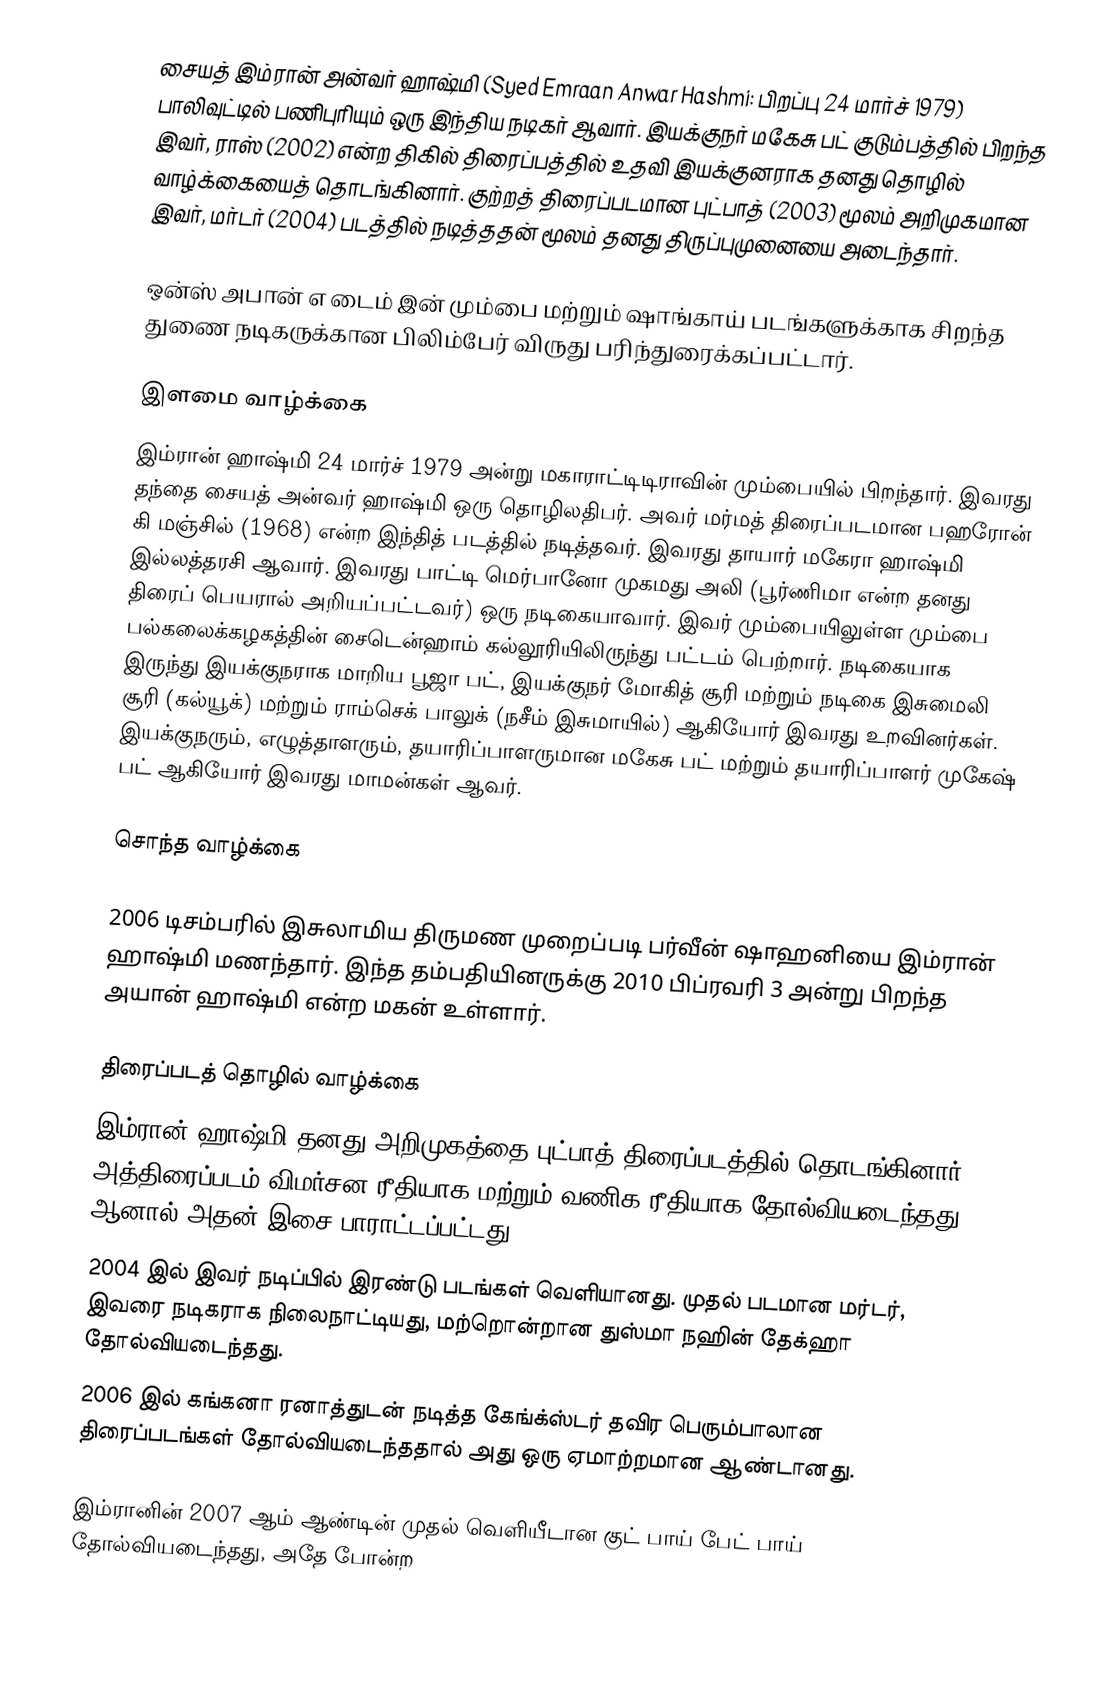
சையத் இம்ரான் அன்வர் ஹாஷ்மி (Syed Emraan Anwar Hashmi: பிறப்பு 24 மார்ச் 1979) பாலிவுட்டில் பணிபுரியும் ஒரு இந்திய நடிகர் ஆவார். இயக்குநர் மகேசு பட் குடும்பத்தில் பிறந்த இவர், ராஸ் (2002) என்ற திகில் திரைப்பத்தில் உதவி இயக்குனராக தனது தொழில் வாழ்க்கையைத் தொடங்கினார். குற்றத் திரைப்படமான புட்பாத் (2003) மூலம் அறிமுகமான இவர், மர்டர் (2004) படத்தில் நடித்ததன் மூலம் தனது திருப்புமுனையை அடைந்தார்.

ஒன்ஸ் அபான் எ டைம் இன் மும்பை மற்றும் ஷாங்காய் படங்களுக்காக சிறந்த துணை நடிகருக்கான பிலிம்பேர் விருது பரிந்துரைக்கப்பட்டார்.

இளமை வாழ்க்கை
இம்ரான் ஹாஷ்மி 24 மார்ச் 1979 அன்று மகாராட்டிடிராவின் மும்பையில் பிறந்தார். இவரது தந்தை சையத் அன்வர் ஹாஷ்மி ஒரு தொழிலதிபர். அவர் மர்மத் திரைப்படமான பஹரோன் கி மஞ்சில் (1968) என்ற இந்தித் படத்தில் நடித்தவர். இவரது தாயார் மகேரா ஹாஷ்மி இல்லத்தரசி ஆவார். இவரது பாட்டி மெர்பானோ முகமது அலி (பூர்ணிமா என்ற தனது திரைப் பெயரால் அறியப்பட்டவர்) ஒரு நடிகையாவார். இவர் மும்பையிலுள்ள மும்பை பல்கலைக்கழகத்தின் சைடென்ஹாம் கல்லூரியிலிருந்து பட்டம் பெற்றார். நடிகையாக இருந்து இயக்குநராக மாறிய பூஜா பட், இயக்குநர் மோகித் சூரி மற்றும் நடிகை இசுமைலி சூரி (கல்யூக்) மற்றும் ராம்செக் பாலுக் (நசீம் இசுமாயில்) ஆகியோர் இவரது உறவினர்கள். இயக்குநரும், எழுத்தாளரும், தயாரிப்பாளருமான மகேசு பட் மற்றும் தயாரிப்பாளர் முகேஷ் பட் ஆகியோர் இவரது மாமன்கள் ஆவர்.

சொந்த வாழ்க்கை

2006 டிசம்பரில் இசுலாமிய திருமண முறைப்படி பர்வீன் ஷாஹனியை இம்ரான் ஹாஷ்மி மணந்தார். இந்த தம்பதியினருக்கு 2010 பிப்ரவரி 3 அன்று பிறந்த அயான் ஹாஷ்மி என்ற மகன் உள்ளார்.

திரைப்படத் தொழில் வாழ்க்கை
இம்ரான் ஹாஷ்மி தனது அறிமுகத்தை புட்பாத் திரைப்படத்தில் தொடங்கினார். அத்திரைப்படம் விமர்சன ரீதியாக மற்றும் வணிக ரீதியாக தோல்வியடைந்தது. ஆனால் அதன் இசை பாராட்டப்பட்டது.
2004 இல் இவர் நடிப்பில் இரண்டு படங்கள் வெளியானது. முதல் படமான மர்டர், இவரை நடிகராக நிலைநாட்டியது, மற்றொன்றான துஸ்மா நஹின் தேக்ஹா தோல்வியடைந்தது.
2006 இல் கங்கனா ரனாத்துடன் நடித்த கேங்க்ஸ்டர் தவிர பெரும்பாலான திரைப்படங்கள் தோல்வியடைந்ததால் அது ஒரு ஏமாற்றமான ஆண்டானது.

இம்ரானின் 2007 ஆம் ஆண்டின் முதல் வெளியீடான குட் பாய் பேட் பாய் தோல்வியடைந்தது, அதே போன்ற